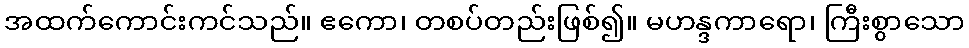
အထက်ကောင်းကင်သည်။ ဧကော၊ တစပ်တည်းဖြစ်၍။ မဟန္ဒကာရော၊ ကြီးစွာသော